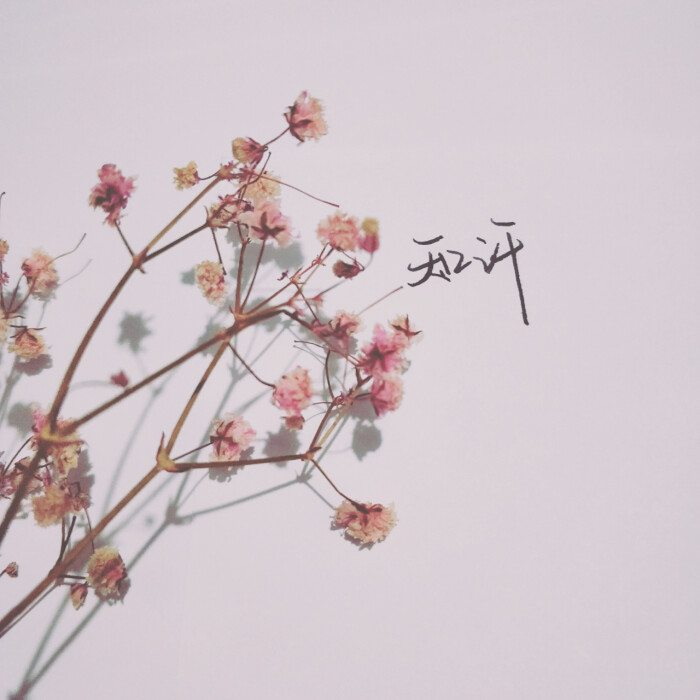
染柳烟浓，吹梅笛怨，春意知几许。